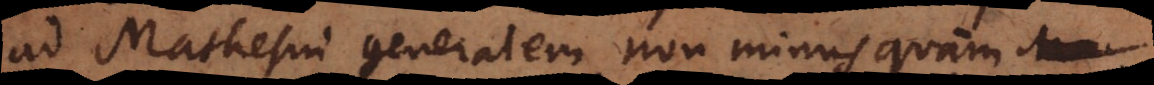
ad Mathesin generalem non minus quam